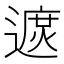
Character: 𨖓